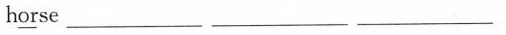
h\underline{or}se ___ ___ ___